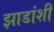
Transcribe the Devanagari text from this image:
झाडांशी